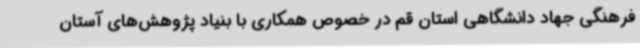
فرهنگی جهاد دانشگاهی استان قم در خصوص همکاری با بنیاد پژوهش‌های آستان